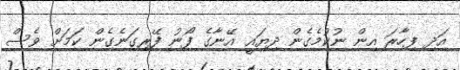
އަދި ފިހާރަ އިން ނުކުމެގެން ދިޔައީ އޭނާގެ ފޯނު ފޭރިގަނެގެން ކަމަށް ވެސް